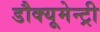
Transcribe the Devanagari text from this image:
डौक्यूमेन्ट्री